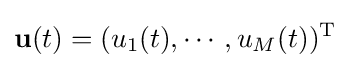
\mathbf {u} (t)=(u_{1}(t),\cdots ,u_{M}(t))^{\mathrm {T} }